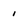
Character: i